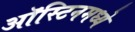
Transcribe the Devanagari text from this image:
ऑस्टिनमध्ये